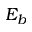
E _ { b }